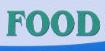
food